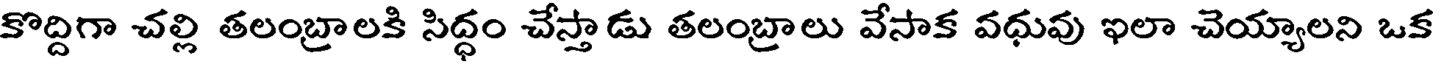
కొద్దిగా చల్లి తలంబ్రాలకి సిద్ధం చేస్తాడు తలంబ్రాలు వేసాక వధువు ఇలా చెయ్యాలని ఒక